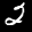
Label: 2